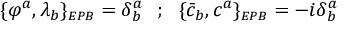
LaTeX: \{ \varphi ^ { a } , \lambda _ { b } \} _ { \scriptscriptstyle E P B } = \delta _ { b } ^ { a } ~ ~ ; ~ ~ \{ { \bar { c } } _ { b } , c ^ { a } \} _ { \scriptscriptstyle E P B } = - i \delta _ { b } ^ { a }